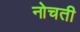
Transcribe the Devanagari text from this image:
नोचती